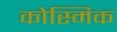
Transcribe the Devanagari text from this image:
कोस्मिक